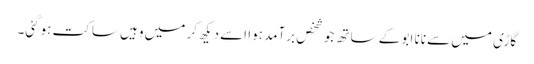
گاڑی میں سے نانا ابو کے ساتھ جو شخص برآمد ہوا اسے دیکھ کر میں وہیں ساکت ہوگئی۔